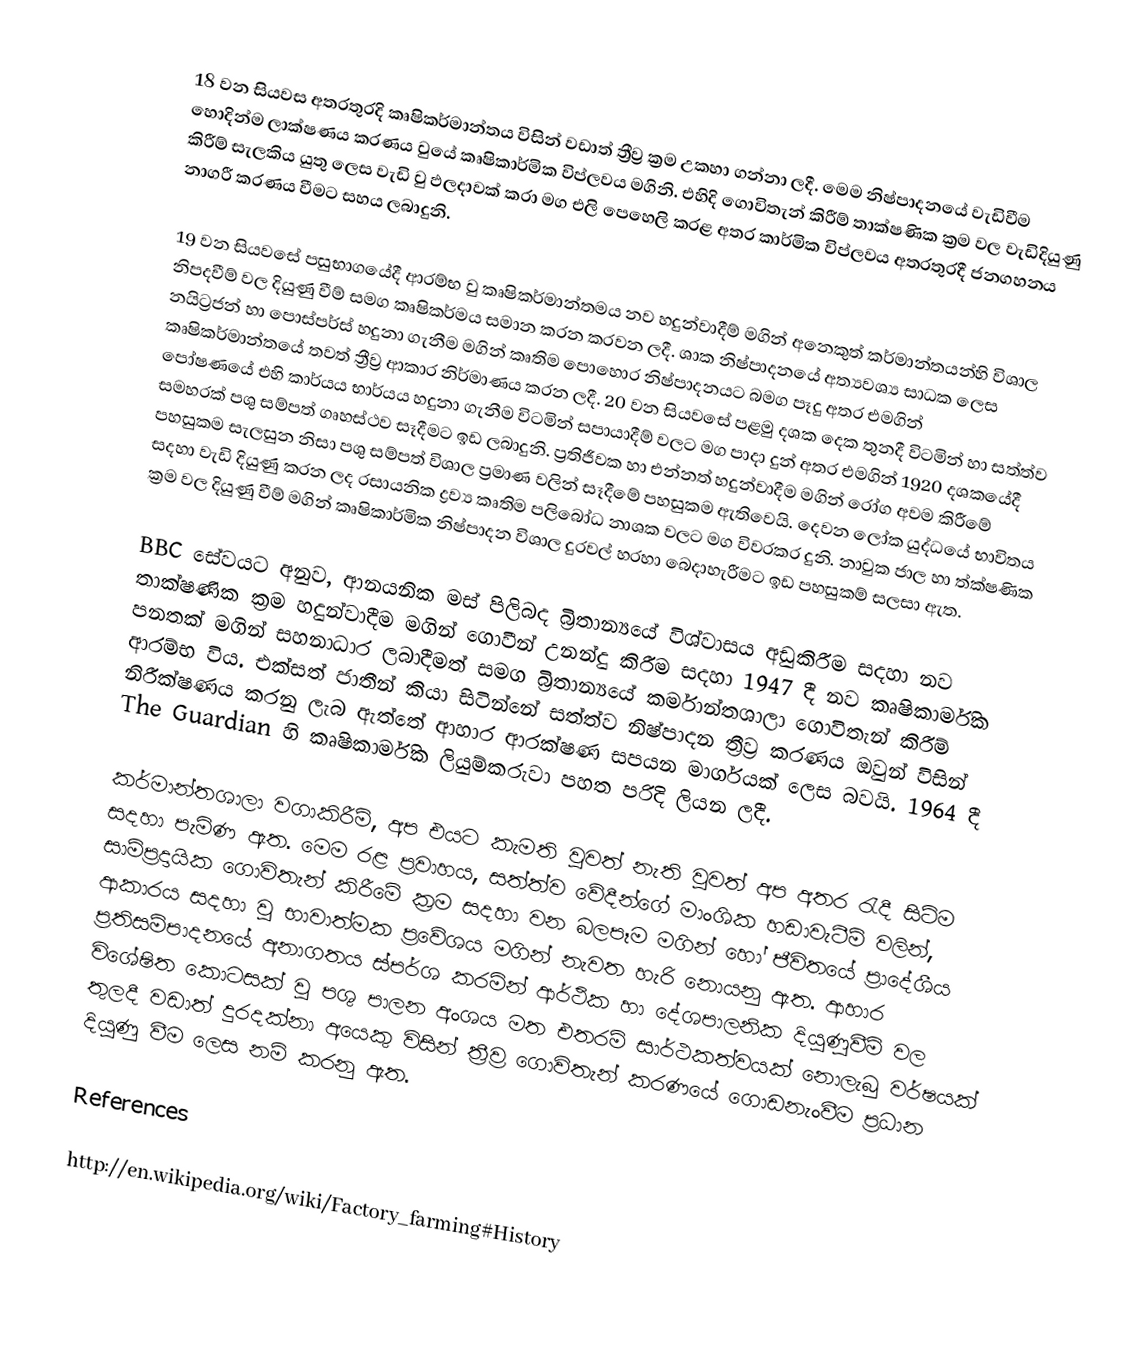
18 වන සියවස අතරතුරදි කෘෂිකර්මාන්තය විසින් වඩාත් ත්‍රීව්‍ර ක්‍රම උකහා ගන්නා ලදී. මෙම නිෂ්පාදනයේ වැඩිවීම හොදින්ම ලාක්ෂණය කරණය වුයේ කෘෂිකාර්මික විප්ලවය මගිනි. එහිදි ගොවිතැන් කිරීම් තාක්ෂණික ක්‍රම වල වැඩිදියුණු කිරීම් සැලකිය යුතු ලෙස වැඩි වු ඵලදාවක් කරා මග එලි පෙහෙලි කරළ අතර කාර්මික විප්ලවය අතරතුරදී ජනගහනය නාගරී කරණය වීමට සහය ලබාදුනි.

19 වන සියවසේ පසුභාගයේදී ආරම්භ වු කෘෂිකර්මාන්තමය නව හදුන්වාදීම් මගින් අනෙකුත්  කර්මාන්තයන්හි විශාල නිපදවීම් වල දියුණු වීම් සමග කෘෂිකර්මය සමාන කරන කරවන ලදී. ශාක නිෂ්පාදනයේ අත්‍යවශ්‍ය සාධක ලෙස නයිට්‍රජන් හා පොස්පර්ස් හදුනා ගැනීම මගින් කෘතිම පොහොර නිෂ්පාදනයට බමග පෑදු අතර එමගින් කෘෂිකර්මාන්තයේ තවත් ත්‍රීව්‍ර ආකාර නිර්මාණය කරන ලදී. 20 වන සියවසේ පළමු දශක දෙක තුනදී විටමින් හා සත්ත්ව පෝෂණයේ එහි කාර්යය භාර්යය හදුනා ගැනීම විටමින් සපායාදීම් වලට මග පාදා දුන් අතර එමගින් 1920 දශකයේදී සමහරක් පශු සම්පත් ගෘහස්ථව සෑදීමට ඉඩ ලබාදුනි. ප්‍රතිජීවක හා එන්නත් හදුන්වාදීම මගින් රෝග අවම කිරීමේ පහසුකම සැලසුන නිසා පශු සම්පත් විශාල ප්‍රමාණ වලින් සෑදීමේ පහසුකම ඇතිවෙයි. දෙවන ලෝක යුද්ධයේ භාවිතය සදහා වැඩි දියුණු කරන ලද රසායනික ද්‍රව්‍ය කෘතිම පලිබෝධ නාශක වලට මග විවරකර දුනි. නාවුක ජාල හා ත්ක්ෂණික ක්‍රම වල දියුණු වීම් මගින් කෘෂිකාර්මික නිෂ්පාදන විශාල දුරවල් හරහා බෙදාහැරීමට ඉඩ පහසුකම් සලසා ඇත.

BBC සේවයට අනුව, ආනයනික මස් පිලිබද බ්‍රිතාන්‍යයේ විශ්වාසය අඩුකිරීම සදහා නව තාක්ෂණික ක්‍රම හදුන්වාදීම මගින් ගොවීන් උනන්දු කිරීම සදහා 1947 දී නව කෘෂිකාර්මික පනතක් මගින් සහනාධාර ලබාදීමත් සමග බ්‍රිතාන්‍යයේ කර්මාන්තශාලා ගොවිතැන් කිරීම් ආරම්භ විය. එක්සත් ජාතීන් කියා සිටින්නේ සත්ත්ව නිෂ්පාදන ත්‍රීව්‍ර කරණය ඔවුන් විසින් නිරීක්ෂණය කරනු ලැබ ඇත්තේ ආහාර ආරක්ෂණ සපයන මාර්ගයක් ලෙස බවයි. 1964 දී The Guardian හි කෘෂිකාර්මික ලියුම්කරුවා පහත පරිදි ලියන ලදී.

කර්මාන්තශාලා වගාකිරීම්, අප එයට කැමති වුවත් නැති වුවත්  අප අතර රැදී සිටිම සදහා පැමිණ ඇත. මෙම රළ ප්‍රවාහය, සත්ත්ව වේදීන්ගේ මාංශික හඩාවැටීම් වලින්, සාම්ප්‍රදායික ගොවිතැන් කිරීමේ ක්‍රම සදහා වන බලපෑම මගින් හෝ ජීවිතයේ ප්‍රාදේශීය ආකාරය සදහා වු භාවාත්මක ප්‍රවේශය මගින් නැවත හැරි නොයනු ඇත. ආහාර ප්‍රතිසම්පාදනයේ අනාගතය ස්පර්ශ කරමින් ආර්ථික හා දේශපාලනික දියුණූවීම් වල විශේෂිත කොටසක් වු පශු පාලන අංශය මත එතරම් සාර්ථකත්වයක් නොලැබු වර්ෂයක් තුලදී වඩාත් දුරදක්නා අයෙකු විසින් ත්‍රීව්‍ර ගොවිතැන් කරණයේ ගොඩනැංවීම ප්‍රධාන දියුණු වීම ලෙස නම් කරනු ඇත.

References

http://en.wikipedia.org/wiki/Factory_farming#History